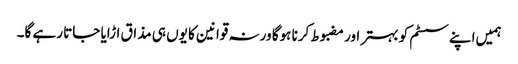
ہمیں‌اپنے سسٹم کو بہتر اور مضبوط کرنا ہوگا ورنہ قوانین کا یوں ہی مذاق اڑایا جاتا رہے گا۔